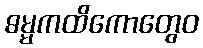
ဓမ္မကထိကောတွေဝ